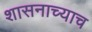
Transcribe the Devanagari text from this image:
शासनाच्याच